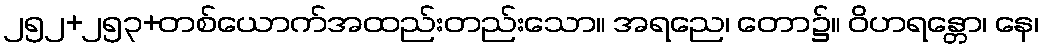
၂၅၂+၂၅၃+တစ်ယောက်အထည်းတည်းသော။ အရညေ၊ တော၌။ ဝိဟရန္တော၊ နေ၊